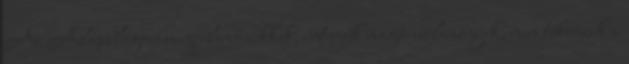
Az Alapblogon megjelenő cikkek, interjúk magánvélemények, nem tükrözik a